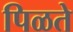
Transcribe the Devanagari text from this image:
पिळते